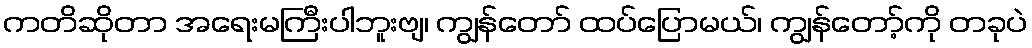
ကတိဆိုတာ အရေးမကြီးပါဘူးဗျ၊ ကျွန်တော် ထပ်ပြောမယ်၊ ကျွန်တော့်ကို တခုပဲ